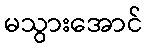
မသွားအောင်